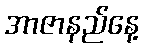
အာဇာနည်နေ့